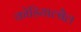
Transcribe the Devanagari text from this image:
कोडियाल्बैल